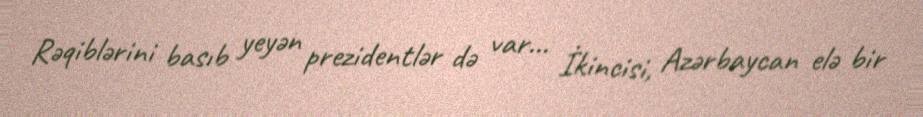
Rəqiblərini basıb yeyən prezidentlər də var... İkincisi, Azərbaycan elə bir